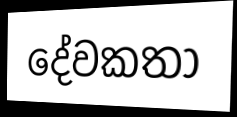
දේවකතා